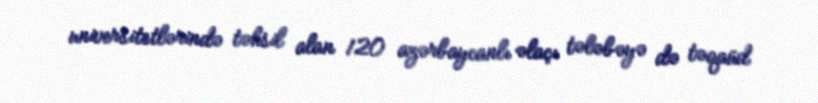
universitetlərində təhsil alan 120 azərbaycanlı əlaçı tələbəyə də təqaüd